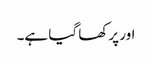
اور پرکھا گیا ہے۔